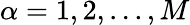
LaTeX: \alpha=1,2,...,M